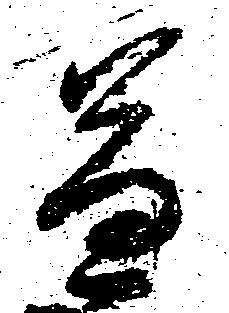
兼